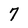
Character: 7